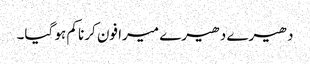
دھیرے دھیرے میرا فون کرنا کم ہو گیا۔